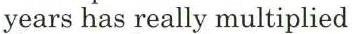
years has really multiplied